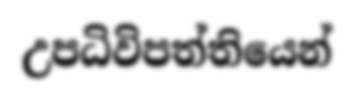
උපධිවිපත්තියෙන්